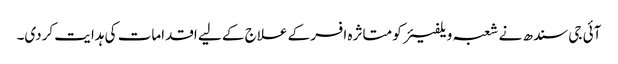
آئی جی سندھ نے شعبہ ویلفیئر کو متاثرہ افسر کے علاج کے لیے اقدامات کی ہدایت کردی۔